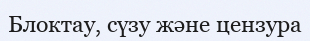
Блоктау, сүзу және цензура